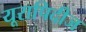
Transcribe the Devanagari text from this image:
यूरापिदीज